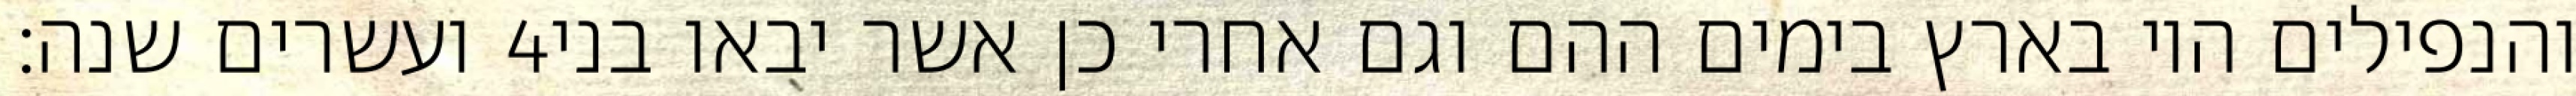
ועשרים שנה׃ ‎4‏ והנפילים היו בארץ בימים ההם וגם אחרי כן אשר יבאו בני